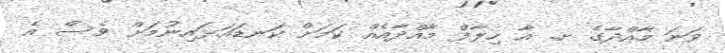
ވަނަ މާއްދާގެ ށ. އާ ހިލާފް މާއްދާއެއް ކަމަށް ކަނޑައަޅައިނުމަށް ވެސް އެ